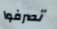
تصرفوا